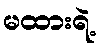
မထားရဲ့